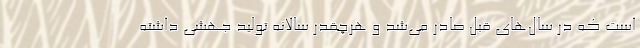
است که در سال‌های قبل صادر می‌شد و هرچقدر سالانه تولید جهشی داشته